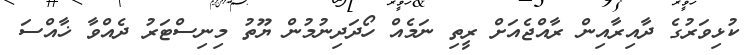
ކުޅިވަރުގެ ދާއިރާއިން ރާއްޖެއަށް ރީތި ނަމެއް ހޯދަދިނުމުން ޔޫތު މިނިސްޓަރު ދެއްވާ ޚާއްސަ